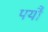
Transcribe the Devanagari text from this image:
पर्यौ